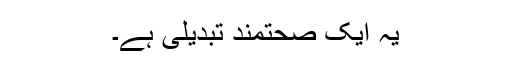
یہ ایک صحتمند تبدیلی ہے۔